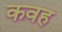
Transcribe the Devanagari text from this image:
कवह